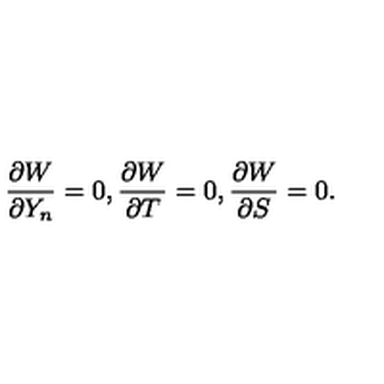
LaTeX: \frac { \partial W } { \partial Y _ { n } } = 0 , \frac { \partial W } { \partial T } = 0 , \frac { \partial W } { \partial S } = 0 .